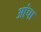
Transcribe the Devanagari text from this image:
आंचा